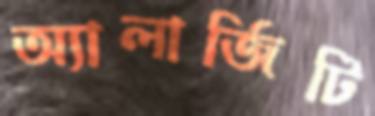
অ্যালার্জিটি